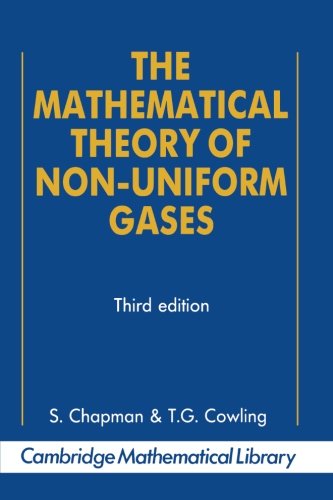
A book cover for The Mathematical Theory of Non-uniform Gases: An Account of the Kinetic Theory of Viscosity, Thermal Conduction and Diffusion in Gases (Cambridge Mathematical Library); Sydney Chapman; Science & Math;